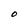
Character: O